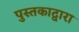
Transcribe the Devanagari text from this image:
पुस्तकाद्वारा